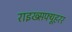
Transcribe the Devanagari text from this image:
राइख्सफ्यूहरर